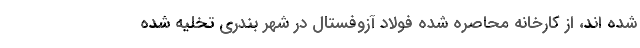
شده اند، از کارخانه محاصره شده فولاد آزوفستال در شهر بندری تخلیه شده